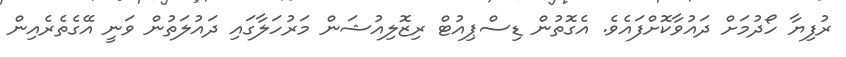
ރުފިޔާ ހޯދުމަށް ދައުވާކޮށްފައެވެ. އެގޮތުން ޑިސްޕިއުޓް ރިޒޮލިއުޝަން މަރުހަލާގައި ދައުލަތުން ވަނީ އޭގެތެރެއިން